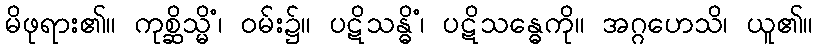
မိဖုရား၏။ ကုစ္ဆိသ္မိံ၊ ဝမ်း၌။ ပဋိသန္ဓိံ၊ ပဋိသန္ဓေကို။ အဂ္ဂဟေသိ၊ ယူ၏။